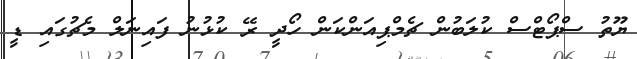
ޔޫތު ސްޕޯޓްސް ކުލަބުން ޗެމްޕިއަންކަން ހޯދީ ރޭ ކުޅުނު ފައިނަލް މެޗުގައި ޑީ